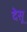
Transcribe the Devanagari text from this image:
देसू